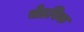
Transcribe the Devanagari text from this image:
चेडविक